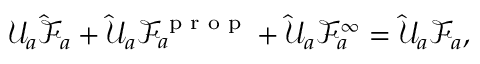
\mathcal { U } _ { a } \hat { \mathcal { F } } _ { a } + \hat { \mathcal { U } } _ { a } \mathcal { F } _ { a } ^ { \textrm { p r o p } } + \hat { \mathcal { U } } _ { a } \mathcal { F } _ { a } ^ { \infty } = \hat { \mathcal { U } } _ { a } \mathcal { F } _ { a } ,